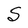
Character: S